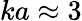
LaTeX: ka\approx 3